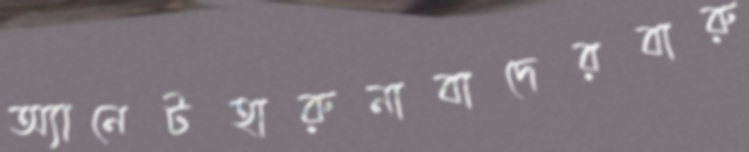
অ্যানেটহারুনাবাদেরবারু